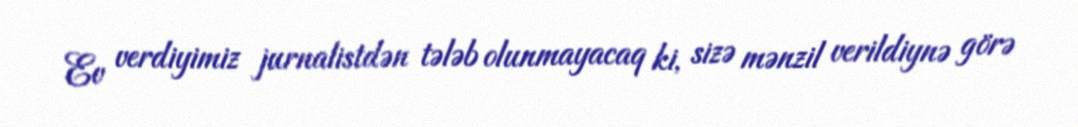
Ev verdiyimiz jurnalistdən tələb olunmayacaq ki, sizə mənzil verildiynə görə